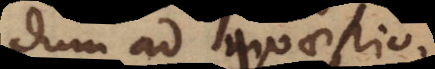
dum ad quaestio